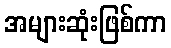
အများဆုံးဖြစ်ကာ